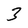
Character: 3